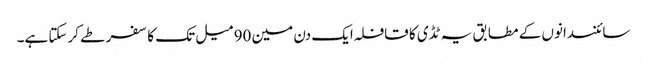
سائنسدانوں کے مطابق یہ ٹڈی کا قافلہ ایک دن مین 90 میل تک کا سفر طے کرسکتا ہے۔